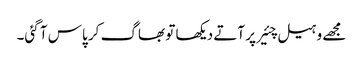
مجھے وہیل چئیر پر آتے دیکھا تو بھاگ کر پاس آ گئی۔